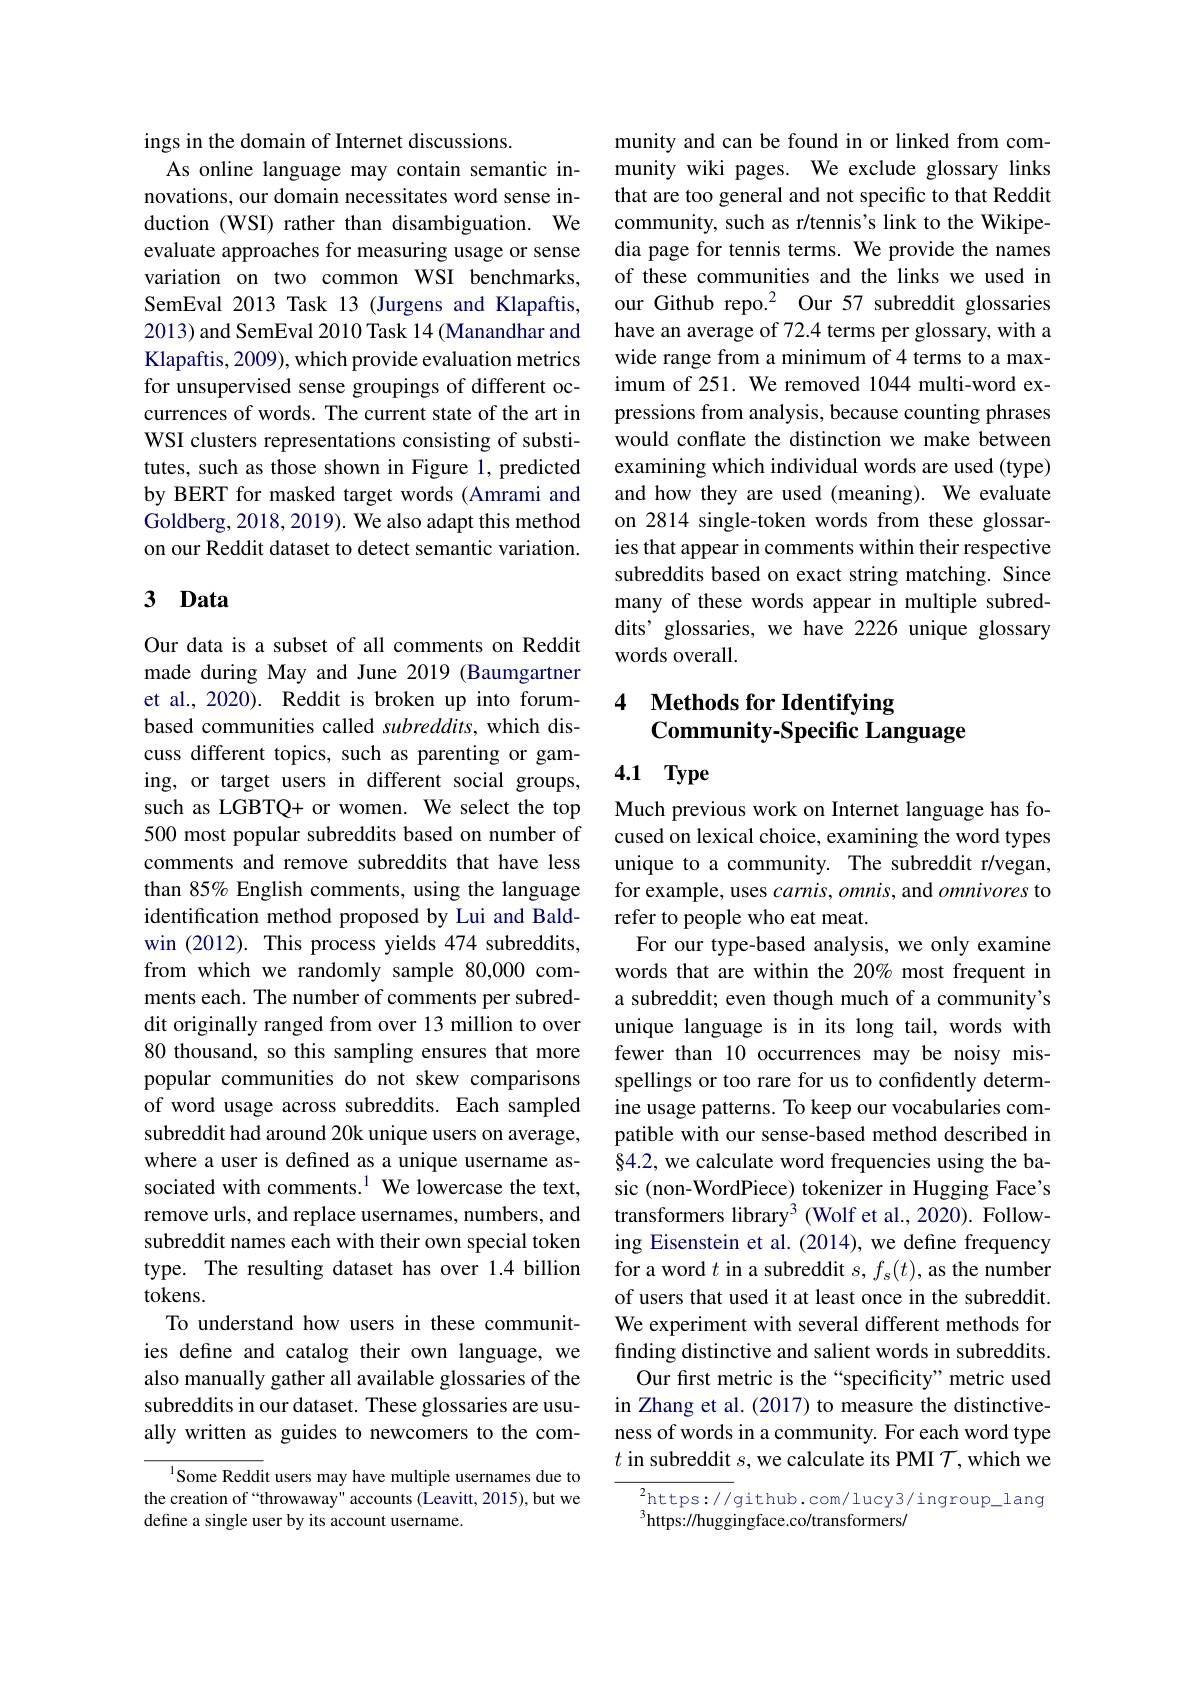
ings in the domain of Internet discussions.
As online language may contain semantic innovations, our domain necessitates word sense induction (WSI) rather than disambiguation. We evaluate approaches for measuring usage or sense variation on two common WSI benchmarks, SemEval 2013 Task 13 (Jurgens and Klapaftis, 2013) and SemEval 2010 Task 14 (Manandhar and Klapaftis, 2009), which provide evaluation metrics for unsupervised sense groupings of different occurrences of words. The current state of the art in WSI clusters representations consisting of substitutes, such as those shown in Figure 1, predicted by BERT for masked target words (Amrami and Goldberg, 2018, 2019). We also adapt this method on our Reddit dataset to detect semantic variation.

## 3 Data

Our data is a subset of all comments on Reddit made during May and June 2019 (Baumgartner et al., 2020). Reddit is broken up into forumbased communities called subreddits, which discuss different topics, such as parenting or gaming, or target users in different social groups, such as LGBTQ+ or women. We select the top 500 most popular subreddits based on number of comments and remove subreddits that have less than 85% English comments, using the language identification method proposed by Lui and Baldwin (2012). This process yields 474 subreddits, from which we randomly sample 80,000 comments each. The number of comments per subreddit originally ranged from over 13 million to over 80 thousand, so this sampling ensures that more popular communities do not skew comparisons of word usage across subreddits. Each sampled subreddit had around 20k unique users on average, where a user is defined as a unique username associated with comments.$^{1}$ We lowercase the text, remove urls, and replace usernames, numbers, and subreddit names each with their own special token type. The resulting dataset has over 1.4 billion tokens.
To understand how users in these communities define and catalog their own language, we also manually gather all available glossaries of the subreddits in our dataset. These glossaries are usually written as guides to newcomers to the com-
Some Reddit users may have multiple usernames due to

the creation of “throwaway" accounts (Leavitt, 2015), but we
define a single user by its account username.

munity and can be found in or linked from community wiki pages. We exclude glossary links that are too general and not specific to that Reddit community, such as r/tennis's link to the Wikipedia page for tennis terms. We provide the names of these communities and the links we used in our Github repo.$^{2}$ Our 57 subreddit glossaries have an average of 72.4 terms per glossary, with a wide range from a minimum of 4 terms to a maximum of 251. We removed 1044 multi-word expressions from analysis, because counting phrases would conflate the distinction we make between examining which individual words are used (type) and how they are used (meaning). We evaluate on 2814 single-token words from these glossaries that appear in comments within their respective subreddits based on exact string matching. Since many of these words appear in multiple subreddits' glossaries, we have 2226 unique glossary words overall.

# 4 Methods for Identifying Community-Specific Language

# 4.1 Type

Much previous work on Internet language has focused on lexical choice, examining the word types unique to a community. The subreddit r/vegan, for example, uses $carnis,omnis$, and omnivores to refer to people who eat meat.
For our type-based analysis, we only examine words that are within the 20% most frequent in a subreddit; even though much of a community's unique language is in its long tail, words with fewer than 10 occurrences may be noisy misspellings or too rare for us to confidently determine usage patterns. To keep our vocabularies compatible with our sense-based method described in §4.2, we calculate word frequencies using the basic (non-WordPiece) tokenizer in Hugging Face's transformers library$^3$ (Wolf et al., 2020). Following Eisenstein et al. (2014), we define frequency for a word $t$ in a subreddit $s,f_s(t)$, as the number of users that used it at least once in the subreddit. We experiment with several different methods for finding distinctive and salient words in subreddits.
Our first metric is the“specificity” metric used in Zhang et al. (2017) to measure the distinctiveness of words in a community. For each word type $t$ in subreddit $s$, we calculate its PMI $\mathcal{T}$,which we

${\frac{2}{\mathrm{https://}}}$github.com/lucy3/ingroup\_lang
$^{3}$https://huggingface.co/transformers/